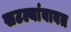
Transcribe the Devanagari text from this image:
खटल्यांबाबत